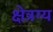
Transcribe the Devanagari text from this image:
क्षेत्रग्य